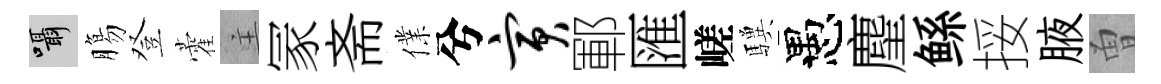
囁膓登藿主冡斋㒒兮寅鄆匯嵯驥愚麈鲧挼腋曽